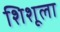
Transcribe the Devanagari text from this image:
शिशूला